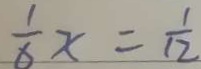
\frac { 1 } { 6 } x = \frac { 1 } { 1 2 }